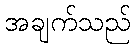
အချက်သည်